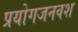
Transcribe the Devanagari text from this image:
प्रयोगजनवश